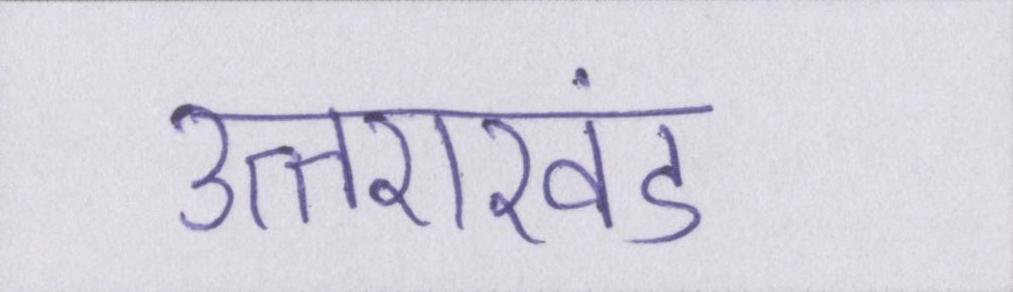
उत्तराखंड